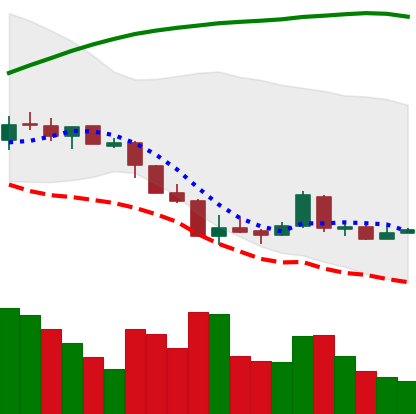
Ticker: LTC-USD
Chart end date: 2018-04-08
Forward return: 6.529%
Label: up_5_7